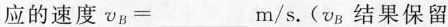
应的速度$$\v_{B}=___m/s$$。(v_{B}结果保留